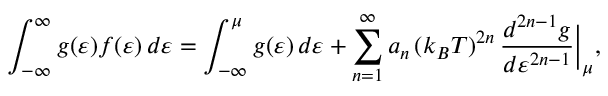
\int _ { - \infty } ^ { \infty } g ( \varepsilon ) f ( \varepsilon ) \, d \varepsilon = \int _ { - \infty } ^ { \mu } g ( \varepsilon ) \, d \varepsilon + \sum _ { n = 1 } ^ { \infty } a _ { n } \, ( k _ { B } T ) ^ { 2 n } \, \frac { d ^ { 2 n - 1 } g } { d \varepsilon ^ { 2 n - 1 } } \bigg \vert _ { \mu } ,